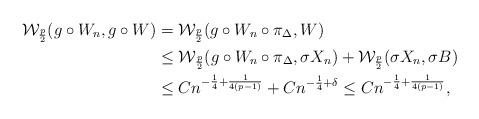
LaTeX: \begin{align*}\mathcal{W}_{\frac{p}{2}}(g\circ W_{n},g\circ W)&=\mathcal{W}_{\frac{p}{2}}(g\circ W_{n}\circ \pi_\Delta,W)\\&\le \mathcal{W}_{\frac{p}{2}}(g\circ W_{n}\circ \pi_\Delta,\sigma X_n)+\mathcal{W}_{\frac{p}{2}}(\sigma X_n ,\sigma B)\\&\le Cn^{-\frac{1}{4}+\frac{1}{4(p-1)}}+Cn^{-\frac{1}{4}+\delta}\le Cn^{-\frac{1}{4}+\frac{1}{4(p-1)}},\end{align*}